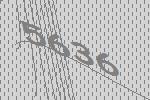
5636